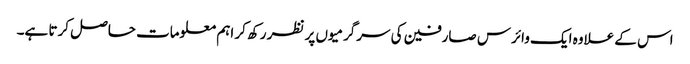
اس کے علاوہ ایک وائرس صارفین کی سرگرمیوں پر نظر رکھ کر اہم معلومات حاصل کرتا ہے۔